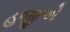
હજીએ